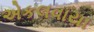
એકલવાયા